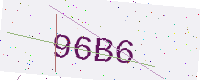
Text: 96B6